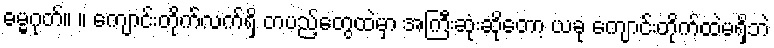
ဓမ္မဂုတ်။ ။ ကျောင်းတိုက်လက်ရှိ တပည့်တွေထဲမှာ အကြီးဆုံးဆိုတော့ ယခု ကျောင်းတိုက်ထဲမရှိဘဲ